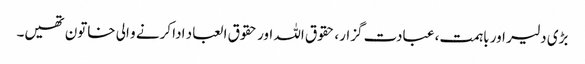
بڑی دلیر اور باہمت، عبادت گزار، حقوق اللہ اور حقوق العباد ادا کرنے و الی خاتون تھیں۔